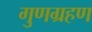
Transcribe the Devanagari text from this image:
गुणग्रहण